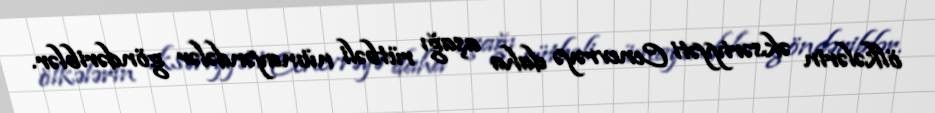
ölkələrin əksəriyyəti Cenevrəyə daha aşağı rütbəli nümayəndələr göndəriblər.